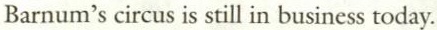
Barnum's circus is still in business today.